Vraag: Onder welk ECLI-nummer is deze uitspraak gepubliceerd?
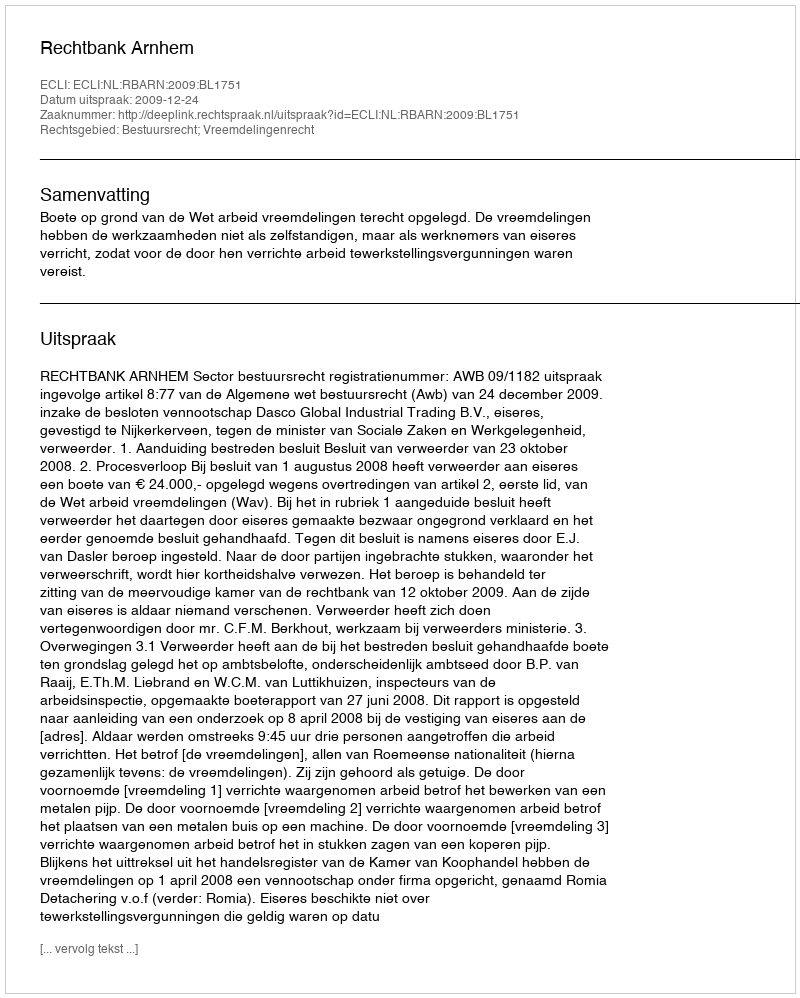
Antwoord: ECLI:NL:RBARN:2009:BL1751